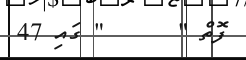
ފޮތް "      " ގައި 47